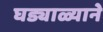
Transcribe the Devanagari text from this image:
घड्याळ्याने